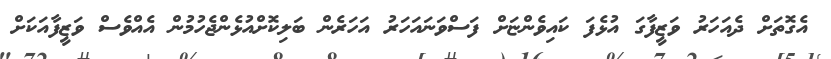
އެގޮތަށް ދެއަހަރު ވަޒީފާގަ އުޅެފަ ކައިވެންޏަށް ފަސްވަނައަހަރު އަހަރެން ބަލިކޮށްއުޅެންޖެހުމުން އެއްވެސް ވަޒީފާއަކަށް